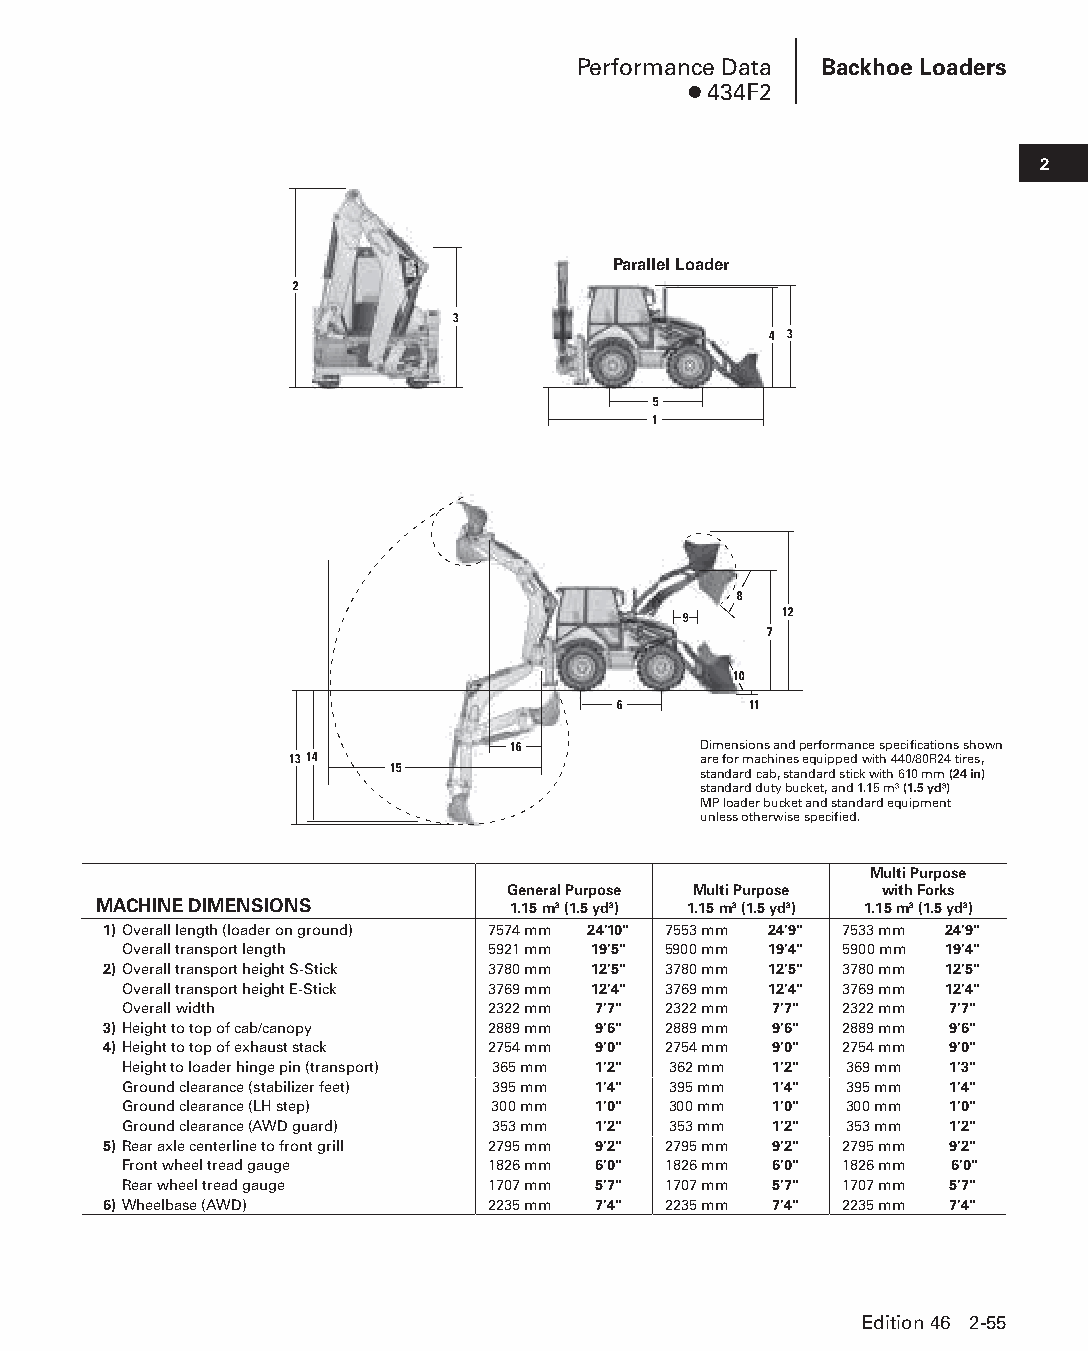
Performance Data Backhoe Loaders
 ● 434F2
 2
 Parallel Loader
 2
 3
 4 3
 5
 1
 8
 9     12
 7
 10
 6        11
 16           Dimensions and performance specifications shown
 1314                       are for machines equipped with 440/80R24 tires,
 15                   standard cab, standard stick with 610 mm (24 in)
 standard duty bucket, and 1.15 m3 (1.5 yd3)
 MP loader bucket and standard equipment
 unless otherwise specified.
 Multi Purpose
 General Purpose Multi Purpose with Forks
 MACHINE DIMENSIONS         1.15 m3 (1.5 yd3) 1.15 m3 (1.5 yd3) 1.15 m3 (1.5 yd3)
 1)Overall length (loader on ground) 7574 mm 24'10" 7553 mm 24'9" 7533 mm 24'9"
 Overall transport length 5921 mm 19'5" 5900 mm 19'4" 5900 mm 19'4"
 2)Overall transport height S-Stick 3780 mm 12'5" 3780 mm 12'5" 3780 mm 12'5"
 Overall transport height E-Stick 3769 mm 12'4" 3769 mm 12'4" 3769 mm 12'4"
 Overall width            2322 mm 7'7" 2322 mm 7'7" 2322 mm 7'7"
 3)Height to top of cab/canopy 2889 mm 9'6" 2889 mm 9'6" 2889 mm 9'6"
 4)Height to top of exhaust stack 2754 mm 9'0" 2754 mm 9'0" 2754 mm 9'0"
 Height to loader hinge pin (transport) 365 mm 1'2" 362 mm 1'2" 369 mm 1'3"
 Ground clearance (stabilizer feet) 395 mm 1'4" 395 mm 1'4" 395 mm 1'4"
 Ground clearance (LH step) 300 mm 1'0" 300 mm 1'0" 300 mm 1'0"
 Ground clearance (AWD guard) 353 mm 1'2" 353 mm 1'2" 353 mm 1'2"
 5)Rear axle centerline to front grill 2795 mm 9'2" 2795 mm 9'2" 2795 mm 9'2"
 Front wheel tread gauge  1826 mm 6'0" 1826 mm 6'0" 1826 mm 6'0"
 Rear wheel tread gauge   1707 mm 5'7" 1707 mm 5'7" 1707 mm 5'7"
 6)Wheelbase (AWD)         2235 mm 7'4" 2235 mm 7'4" 2235 mm 7'4"
 Edition 46 2-55
 PPHHBB--SSeecc0022--1166..iinndddd 5555                        1122//44//1155 1100::2266 AAMM